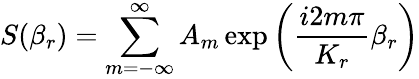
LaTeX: S(\beta_{r})=\sum_{m=-\infty}^{\infty}A_{m}\exp\left(\frac{i2m\pi}{K_{r}}\beta_{r}\right)